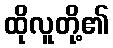
ထိုလူတို့၏